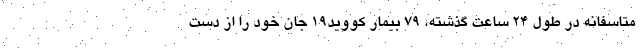
متاسفانه در طول ۲۴ ساعت گذشته، ۷۹ بیمار کووید۱۹ جان خود را از دست